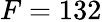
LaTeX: F=132